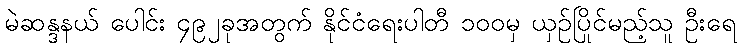
မဲဆန္ဒနယ် ပေါင်း ၄၉၂ခုအတွက် နိုင်ငံရေးပါတီ ၁၀၀မှ ယှဉ်ပြိုင်မည့်သူ ဦးရေ